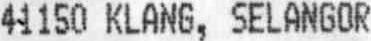
41150 KLANG, SELANGOR